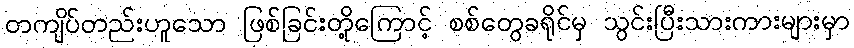
တကျိပ်တည်းဟူသော ဖြစ်ခြင်းတို့ကြောင့် စစ်တွေခရိုင်မှ သွင်းပြီးသားကားများမှာ